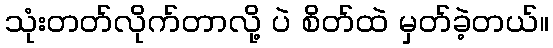
သုံးတတ်လိုက်တာလို့ ပဲ စိတ်ထဲ မှတ်ခဲ့တယ်။